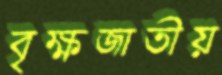
বৃক্ষজাতীয়